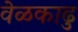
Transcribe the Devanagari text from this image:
वेळकाढु